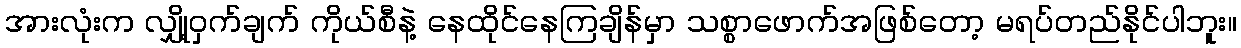
အားလုံးက လျှို့ဝှက်ချက် ကိုယ်စီနဲ့ နေထိုင်နေကြချိန်မှာ သစ္စာဖောက်အဖြစ်တော့ မရပ်တည်နိုင်ပါဘူး။